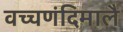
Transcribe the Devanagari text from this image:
वच्चणंदिमालै